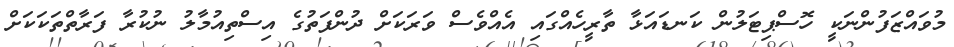
މުވައްޒަފުންނަކީ ހޮސްޕިޓަލުން ކަނޑައަޅާ ތާރީހެއްގައި އެއްވެސް ވަރަކަށް ދުންފަތުގެ އިސްތިއުމާލު ނުކުރާ ފަރާތްތަކަކަށް